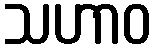
သဟာဝ